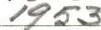
1953